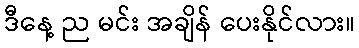
ဒီနေ့ ည မင်း အချိန် ပေးနိုင်လား။